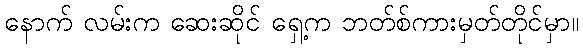
နောက် လမ်းက ဆေးဆိုင် ရှေ့က ဘတ်စ်ကားမှတ်တိုင်မှာ။